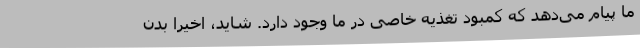
ما پیام می‌دهد که کمبود تغذیه خاصی در ما وجود دارد. شاید، اخیراً بدن